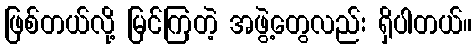
ဖြစ်တယ်လို့ မြင်ကြတဲ့ အဖွဲ့တွေလည်း ရှိပါတယ်။